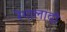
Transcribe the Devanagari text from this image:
रेगालादो